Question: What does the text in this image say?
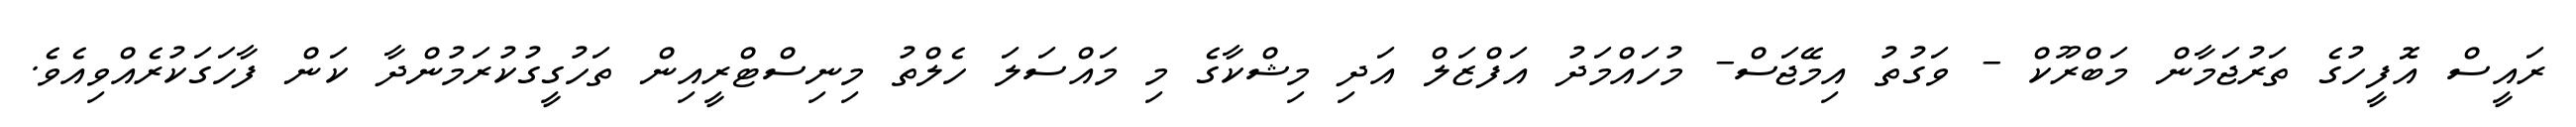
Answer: ރައީސް އޮފީހުގެ ތަރުޖަމާން މަބްރޫކް - ވަގުތު އިމޭޖަސް- މުހައްމަދު އަފްޒަލް އަދި މިޝްކާގެ މި މައްސަލަ ހެލްތު މިނިސްޓްރީއިން ތަހުގީގުކުރަމުންދާ ކަން ފާހަގަކުރެއްވިއެވެ.